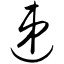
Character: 递